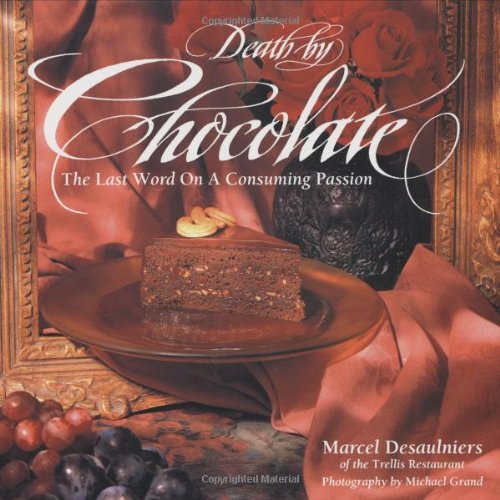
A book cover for Death by Chocolate: The Last Word on a Consuming Passion; Marcel Desaulniers; Cookbooks, Food & Wine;